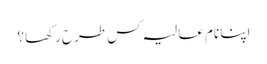
اپنا نام عالیہ کس طرح رکھا؟